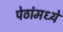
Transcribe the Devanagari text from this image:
पेठांमध्ये